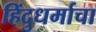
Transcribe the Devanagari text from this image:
हिंदुधर्माचा